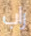
راب